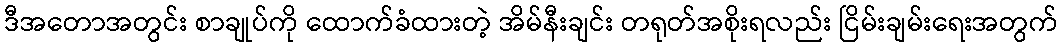
ဒီအတောအတွင်း စာချုပ်ကို ထောက်ခံထားတဲ့ အိမ်နီးချင်း တရုတ်အစိုးရလည်း ငြိမ်းချမ်းရေးအတွက်